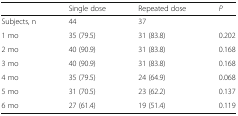
|  | Single dose | Repeated dose | P |
 | --- | --- | --- | --- |
 | Subjects, n | 44 | 37 |  |
 | 1 mo | 35 (79.5) | 31 (83.8) | 0.202 |
 | 2 mo | 40 (90.9) | 31 (83.8) | 0.168 |
 | 3 mo | 40 (90.9) | 31 (83.8) | 0.168 |
 | 4 mo | 35 (79.5) | 24 (64.9) | 0.068 |
 | 5 mo | 31 (70.5) | 23 (62.2) | 0.137 |
 | 6 mo | 27 (61.4) | 19 (51.4) | 0.119 |